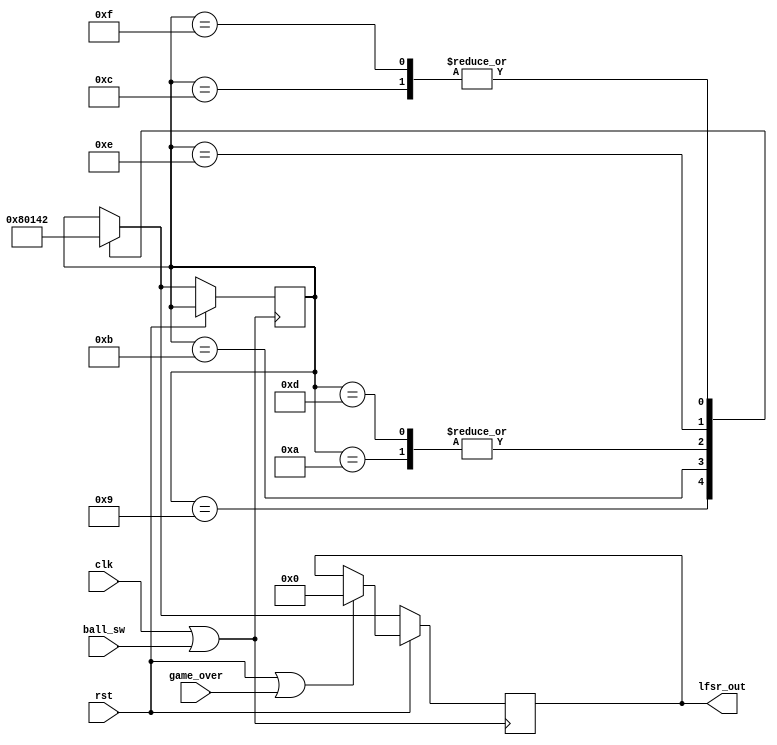
module lfsr(
input clk, rst, ball_sw, game_over, 
output reg [3:0] lfsr_out);
reg [15:0] lfsr_new;  //Register to store the generated 16-bit random number
reg [3:0] lfsr_new_2; //Register to store 4 selected bits from lfsr_new
reg count;

//The numbers will keep generating on every positive internal clock edge irrespective of whether btnU is pressed or not
  always@(posedge clk||ball_sw)
  begin
    //Initialize registers and outputs
    if(rst || game_over) begin
    lfsr_new <= 16'hffff;
    lfsr_new_2 <= 4'h0000;
    lfsr_out <= 16'h0000;
    count<=0;
    end
    
    //Multiplexing and shifting bits to generate a new random number
    else begin
    lfsr_new <= {lfsr_new[12:1],(lfsr_new[13]^lfsr_new[9]^lfsr_new[1]),(lfsr_new[15]^lfsr_new[12]^lfsr_new[10]),lfsr_new[0]};
    count <= count+1;
    end
    
    //Re-initialize register after 20 and 40 numbers are generated to reduce repetition
    if (count==20) begin
    lfsr_new <= 16'h9263;
    end
    if (count==40) begin
    lfsr_new <= 16'h1374;
    count<=0;
    end
    
    //Selecting and multiplexing from 16-bit register to generate 4-bit number
    lfsr_new_2 <= lfsr_new[3:0]^lfsr_new[8:5];
    
    //Change numbers above 8 to indicate numbers between 0 and 8
    if (~rst) begin
    case (lfsr_new_2)
    4'd9: lfsr_new_2 = 4'd8;
    4'd10: lfsr_new_2 = 4'd1;
    4'd11: lfsr_new_2 = 4'd0;
    4'd12: lfsr_new_2 = 4'd2;
    4'd13: lfsr_new_2 = 4'd1;
    4'd14: lfsr_new_2 = 4'd4;
    4'd15: lfsr_new_2 = 4'd2;
    default: lfsr_new_2 = lfsr_new_2;
    endcase
    lfsr_out <= lfsr_new_2;
    end
  end
endmodule